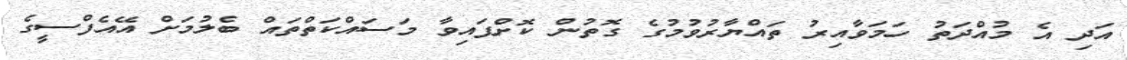
އަދި އެ މުއްދަތު ހަމަވާއިރު ތައްޔާރުވުމުގެ ގޮތުން ކޮށްފައިވާ މަސައްކަތްތައް ބެލުމަށް އޭއެފްސީގެ